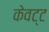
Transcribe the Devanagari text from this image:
केवट्ट